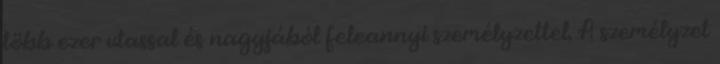
több ezer utassal és nagyjából feleannyi személyzettel. A személyzet